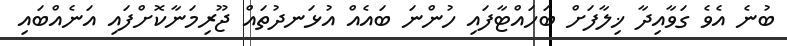
ބުނެ އެވެ ގަވާއިދާ ޚިލާފަށް ބަހައްޓާފައި ހުންނަ ބައެއް އުޅަނދުތައް ޖޫރިމަނާކޮށްފައި އަނެއްބައި